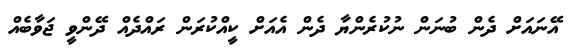
އޭނައަށް ދެން ބުނަން ނުކުރެންޔާ ދެން އެއަށް ކީއްކުރަން ރައްދެއް ދޭންވީ ޖަވާބެއް